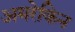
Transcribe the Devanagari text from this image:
अमरेकिन